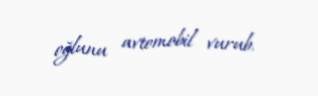
oğlunu avtomobil vurub.